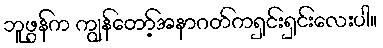
ဘူဖွန်က ကျွန်တော့်အနာဂတ်ကရှင်းရှင်းလေးပါ။